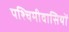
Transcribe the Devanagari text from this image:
पश्चिमीवासियों